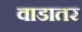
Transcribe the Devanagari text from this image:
वाडातर